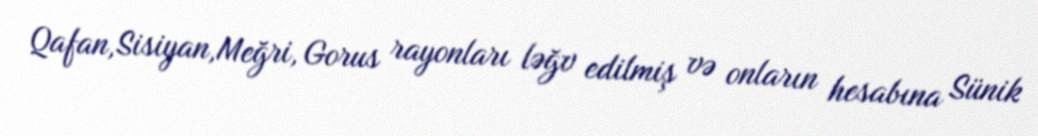
Qafan,Sisiyan,Meğri, Gorus rayonları ləğv edilmiş və onların hesabına Sünik